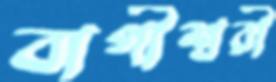
বাগীশ্বরী